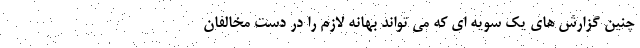
چنین گزارش های یک سویه ای که می تواند بهانه لازم را در دست مخالفان